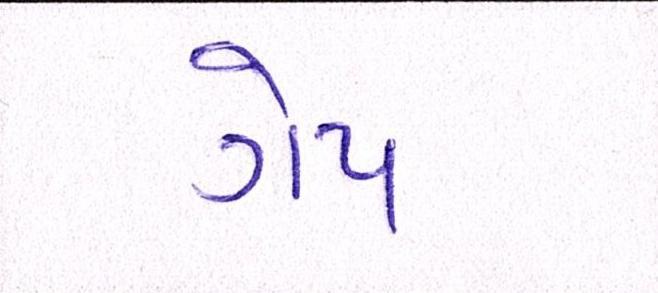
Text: ગેપ